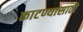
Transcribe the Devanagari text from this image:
काटण्यासाठी